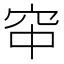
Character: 䆔